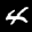
Label: 4